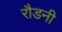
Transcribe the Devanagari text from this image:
रौडनी